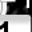
Digit: 1